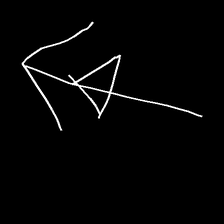
Glyph: pull